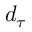
d _ { \tau }